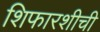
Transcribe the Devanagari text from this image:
शिफारशीची